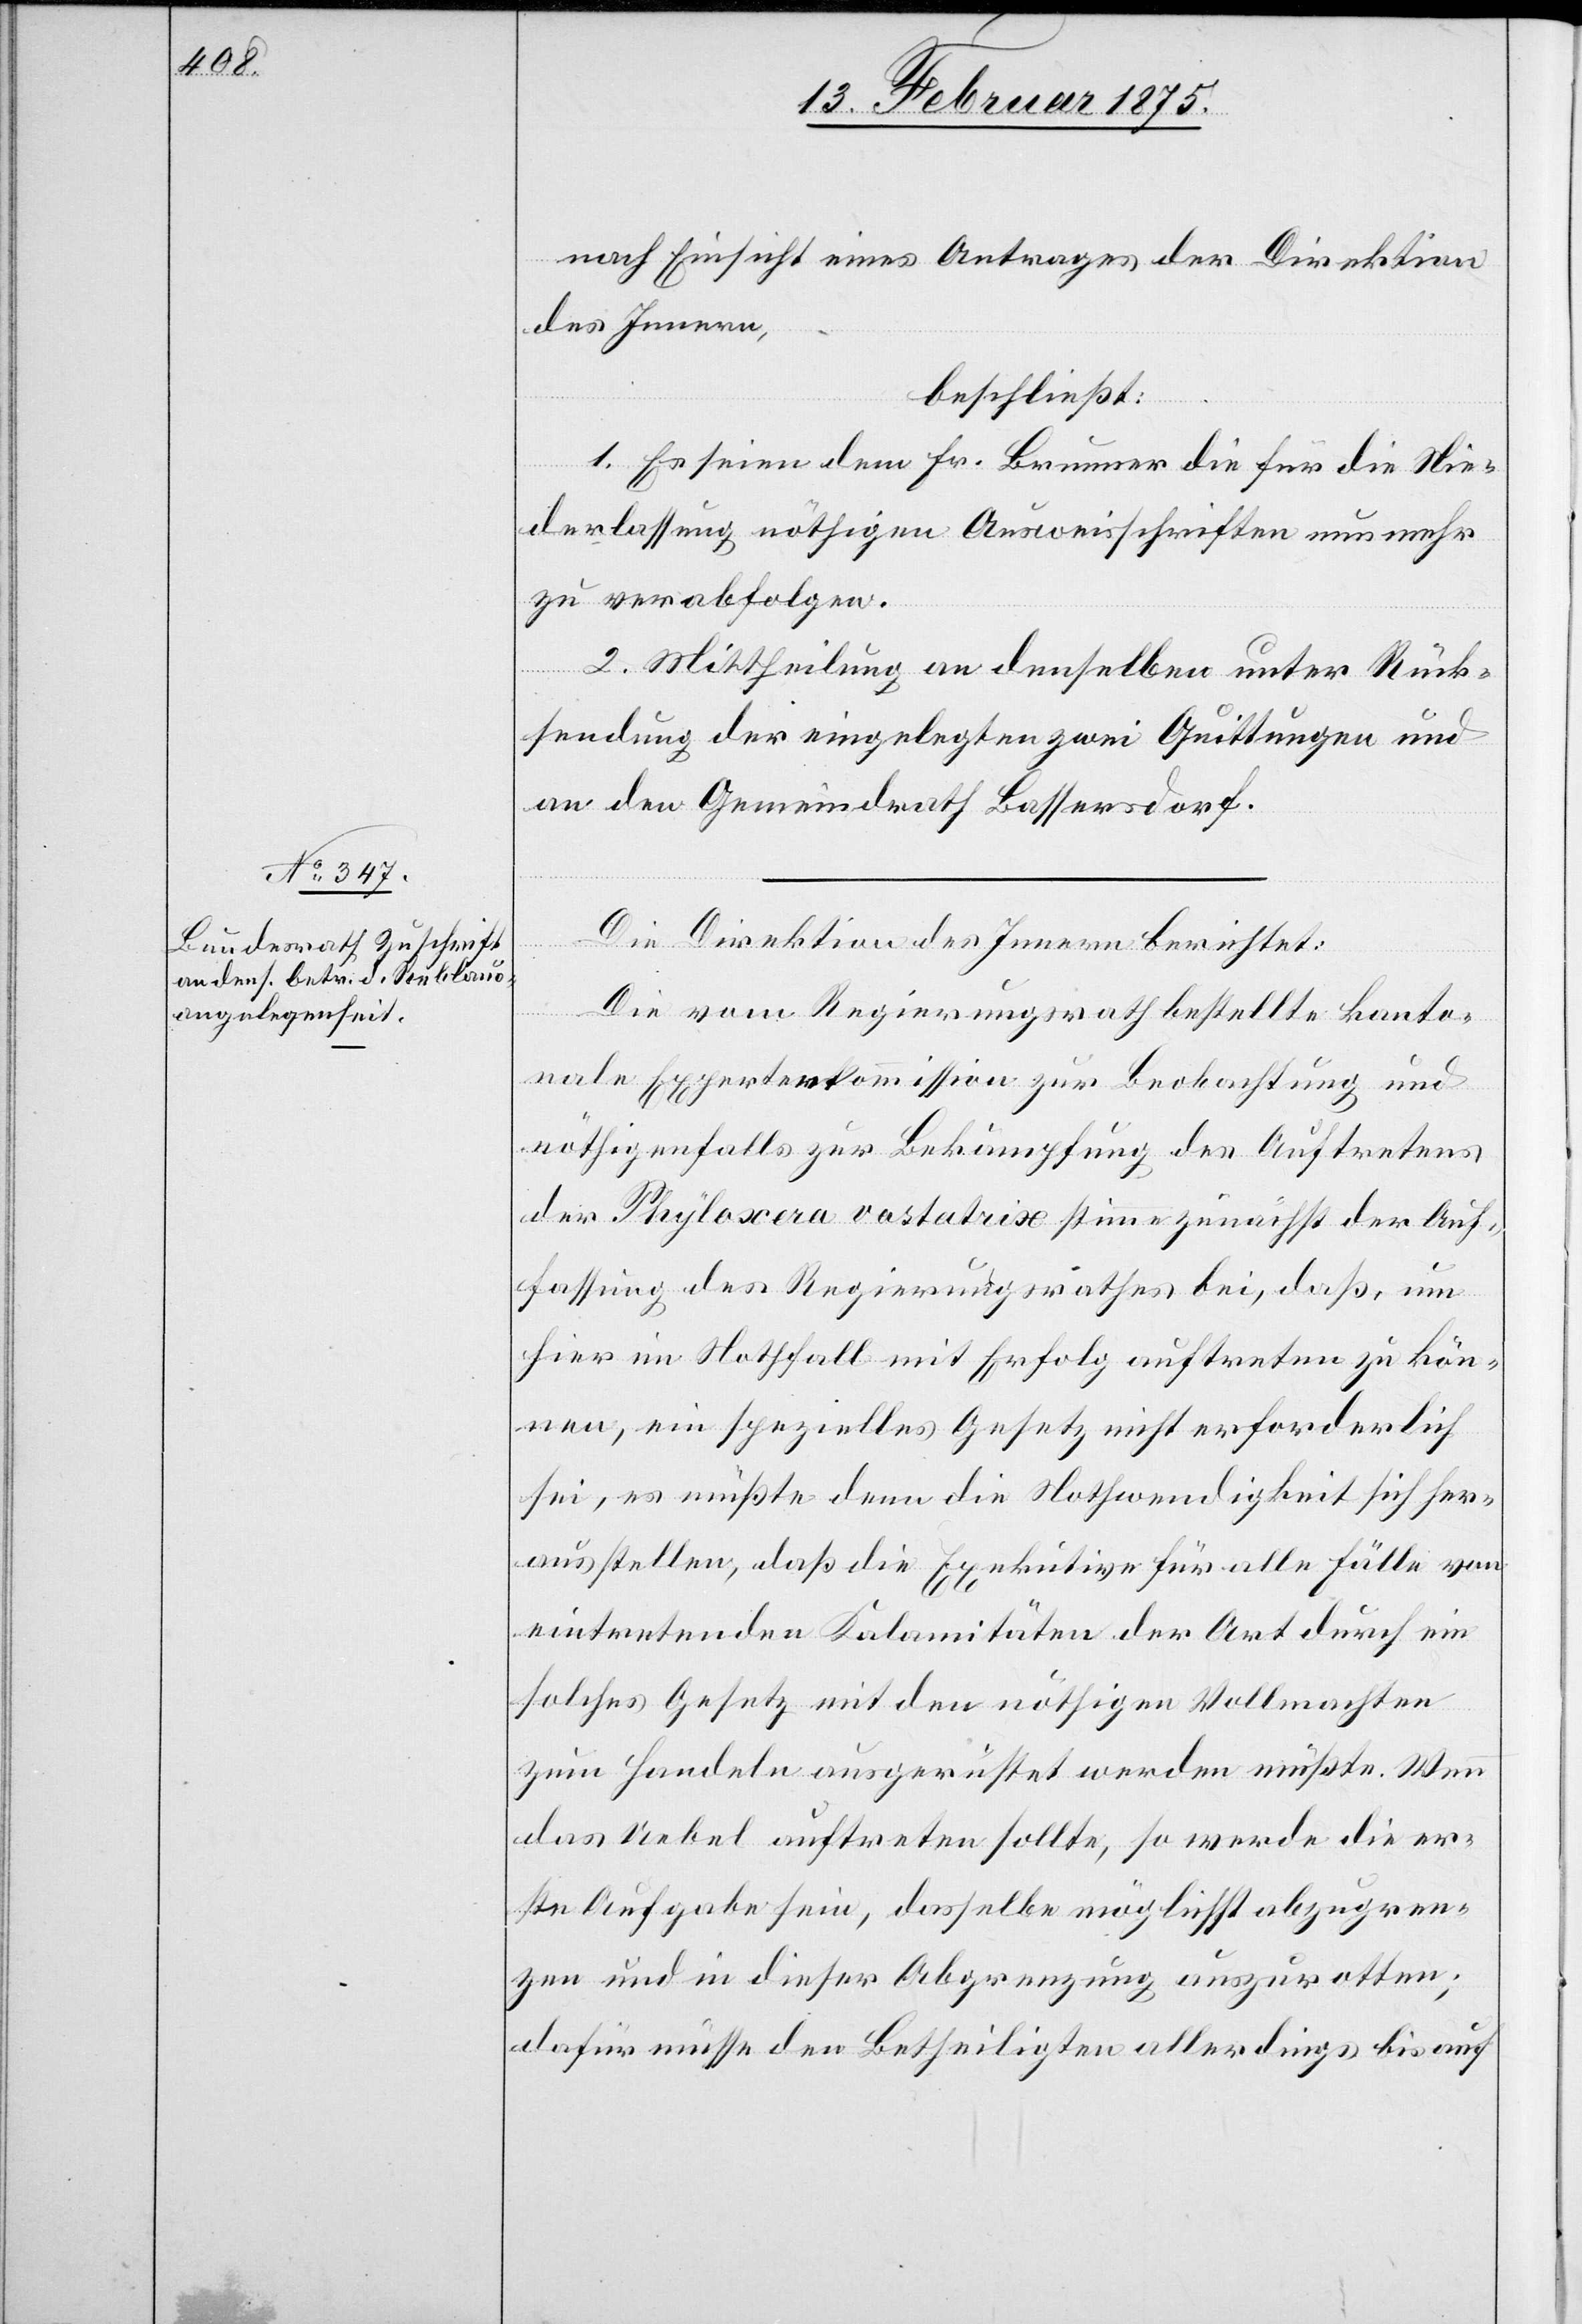
nach Einsicht eines Antrages der Direktion
des Innern,
beschließt:
1. Es seien dem Hr. Brunner die für die Nie¬
derlassung nöthigen Ausweisschriften nunmehr
zu verabfolgen.
2. Mittheilung an denselben unter Rück¬
stellung der eingelegten zwei Quittungen und
an den Gemeindrath Bassersdorf.
Die Direktion des Innern berichtet:
Die vom Regierungsrath bestellte kanto¬
nale Expertenkommission zur Beobachtung und
nöthigenfalls zur Bekämpfung des Auftretens
der Phyloxera vastatrix stimme zunächst der Auf¬
fassung des Regierungsrathes bei, daß, um
hier im Nothfall mit Erfolg auftreten zu kön¬
nen, ein spezielles Gesetz nicht erforderlich
sei, es müßte denn die Nothwendigkeit sich her¬
ausstellen, daß die Exekutive für alle Fälle von
eintretenden Kalamitäten der Art durch ein
solches Gesetz mit den nöthigen Vollmachten
zum Handeln ausgerüstet werden müßte. Wenn
das Uebel auftreten sollte, so werde die er¬
ste Aufgabe sein, dasselbe möglichst abzugren¬
zen und in dieser Abgrenzung auszurotten;
dafür müsse den Betheiligten allerdings bis auf